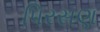
પિરસણ